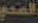
الصحي